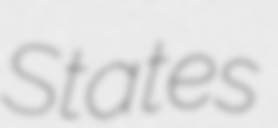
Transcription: States